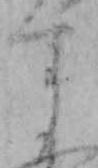
す